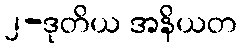
၂-ဒုတိယ အနိယတ